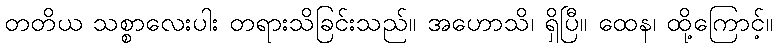
တတိယ သစ္စာလေးပါး တရားသိခြင်းသည်။ အဟောသိ၊ ရှိပြီ။ ထေန၊ ထို့ကြောင့်။